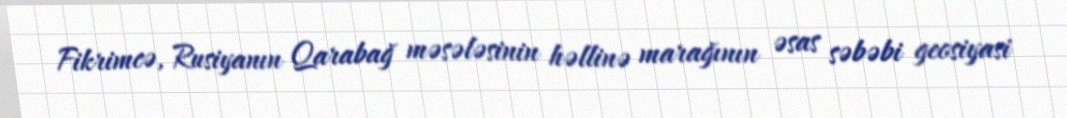
Fikrimcə, Rusiyanın Qarabağ məsələsinin həllinə marağının əsas səbəbi geosiyasi